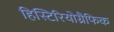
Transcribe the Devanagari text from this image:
हिस्टिरियोग्रैफिक